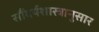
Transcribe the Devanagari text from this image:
सौंदर्यशास्त्रानुसार